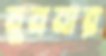
মুননার